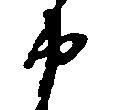
申